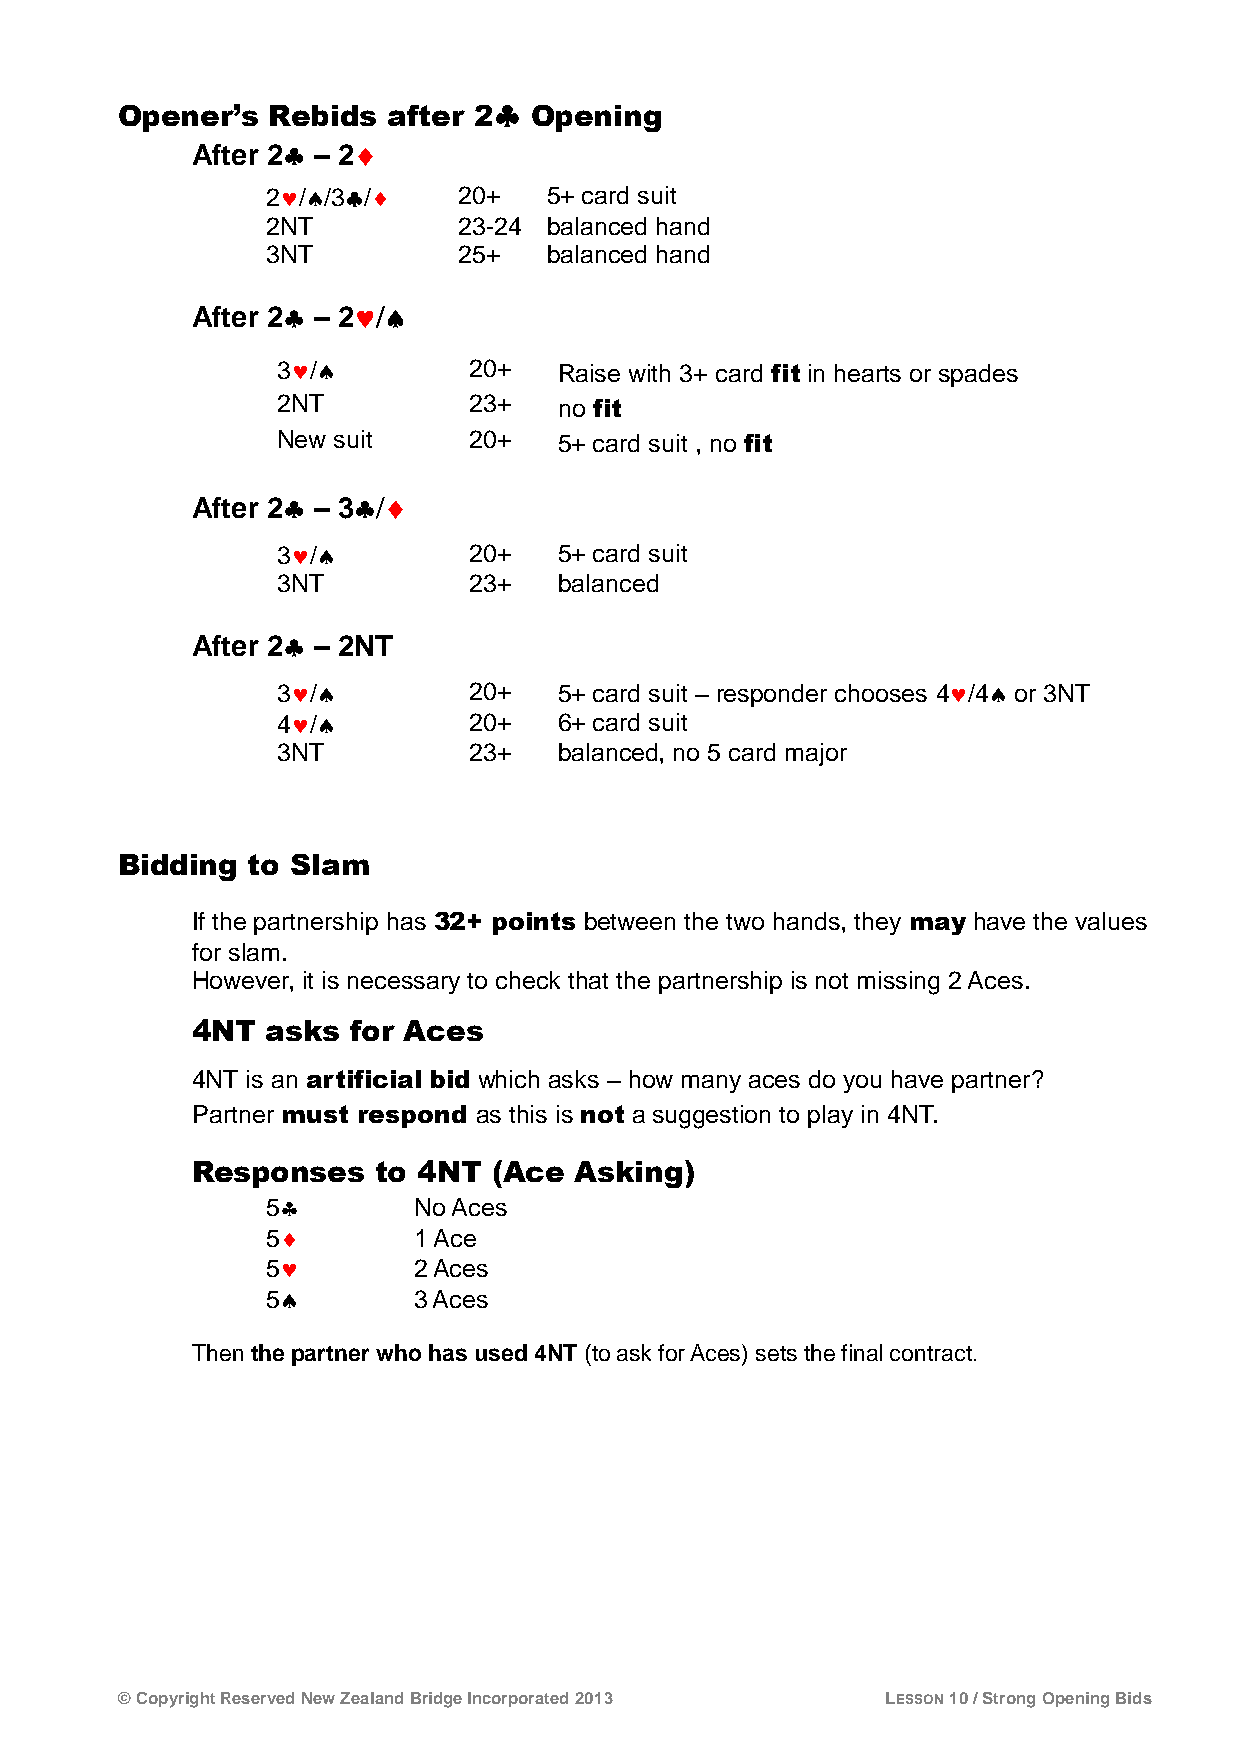

 Opener’s  Rebids  after 2  Opening
 After 2 – 2
 
 2//3/   20+   5+ card suit
 2NT         23-24 balanced hand
 3NT         25+   balanced hand
 After 2 – 2
 
 3/         20+   Raise with 3+ card fit in hearts or spades
 2NT          23+   no fit
 New suit     20+   5+ card suit , no fit
 After 2 – 3
 3/         20+   5+ card suit
 3NT          23+   balanced
 After 2 – 2NT
 3/         20+   5+ card suit – responder chooses 4/4or 3NT
 4/         20+   6+ card suit
 3NT          23+   balanced, no 5 card major
 Bidding to Slam
 If the partnership has 32+ points between the two hands, they may have the values
 for slam.
 However, it is necessary to check that the partnership is not missing 2 Aces.
 4NT  asks for Aces
 4NT is an artificial bid which asks – how many aces do you have partner?
 Partner must respond as this is not a suggestion to play in 4NT.
 Responses   to 4NT  (Ace Asking)
 5       No Aces
 5       1 Ace
 5       2 Aces
 5       3 Aces
 Then the partner who has used 4NT (to ask for Aces) sets the final contract.
 © Copyright Reserved New Zealand Bridge Incorporated 2013 LESSON 10 / Strong Opening Bids